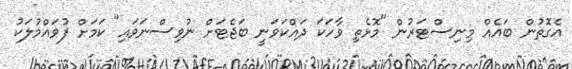
އެގޮތުން ބައެއް މިނިސްޓަރުން "މޮޅެތި ވާހަކަ ދައްކަވަނީ ބަޖެޓަށް ނުވިސްނަވައި" ކަމަށް ފުވައްމުލަކު